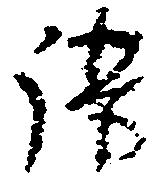
謀